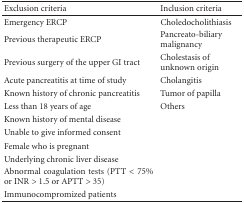
<table><thead><tr><td><b> Exclusion criteria </b></td><td><b> Inclusion criteria </b></td></tr></thead><tbody><tr><td>Emergency ERCP</td><td>Choledocholithiasis</td></tr><tr><td>Previous therapeutic ERCP</td><td>Pancreato-biliary malignancy</td></tr><tr><td>Previous surgery of the upper GItract</td><td>Cholestasis of unknown origin</td></tr><tr><td>Acute pancreatitis at time ofstudy</td><td>Cholangitis</td></tr><tr><td>Known history of chronicpancreatitis</td><td>Tumor of papilla</td></tr><tr><td>Less than 18 years of age</td><td>Others</td></tr><tr><td>Known history of mental disease</td><td></td></tr><tr><td>Unable to give informed consent</td><td></td></tr><tr><td>Female who is pregnant</td><td></td></tr><tr><td>Underlying chronic liver disease</td><td></td></tr><tr><td>Abnormal coagulation tests(PTT &lt; 75% or INR &gt; 1.5 or APTT &gt; 35)</td><td></td></tr><tr><td>Immunocompromized patients</td><td></td></tr></tbody></table>